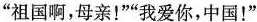
”祖国啊，母亲！””我爱你，中国！”